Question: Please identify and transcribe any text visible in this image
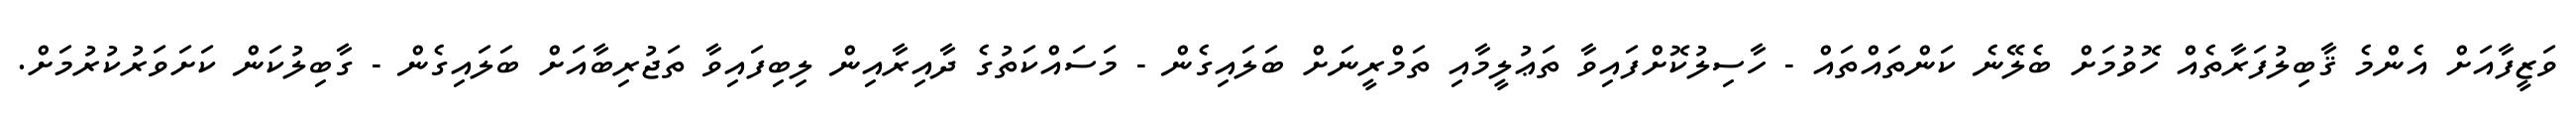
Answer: ވަޒީފާއަށް އެންމެ ޤާބިލުފަރާތެއް ހޮވުމަށް ބެލޭނެ ކަންތައްތައް - ހާސިލުކޮށްފައިވާ ތަޢުލީމާއި ތަމްރީނަށް ބަލައިގެން - މަސައްކަތުގެ ދާއިރާއިން ލިބިފައިވާ ތަޖުރިބާއަށް ބަލައިގެން - ގާބިލުކަން ކަށަވަރުކުރުމަށް.